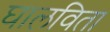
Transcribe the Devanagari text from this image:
घालविता